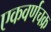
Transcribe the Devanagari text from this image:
एकवर्णचक्र